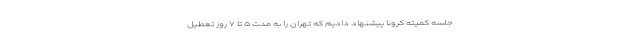
جلسه کمیته کرونا پیشنهاد دادیم که تهران را به مدت ۵ تا ۷ روز تعطیل